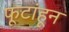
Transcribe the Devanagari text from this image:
फूटांहून